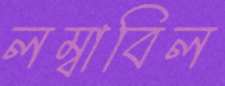
লম্বাবিল